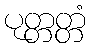
ပုတ္တတ္တံ